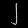
Digit: ၂